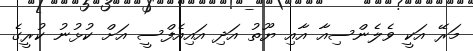
މަރޭ އަކީ ވެލެންސިއާ އާއި ޔޫތު އަދި އައިއެފްސީ އަށް ކުޅުނު ކުރީގެ